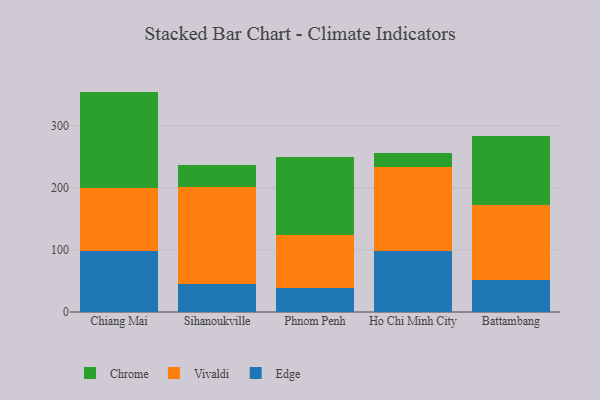
{"axis": {"x": "City", "y": "Tickets Resolved"}, "legend": ["Chrome", "Edge", "Vivaldi"], "data": [{"x": "Chiang Mai", "y": 97.4, "type": "Edge"}, {"x": "Chiang Mai", "y": 102.4, "type": "Vivaldi"}, {"x": "Chiang Mai", "y": 154.6, "type": "Chrome"}, {"x": "Sihanoukville", "y": 45.1, "type": "Edge"}, {"x": "Sihanoukville", "y": 156.4, "type": "Vivaldi"}, {"x": "Sihanoukville", "y": 34.4, "type": "Chrome"}, {"x": "Phnom Penh", "y": 39.1, "type": "Edge"}, {"x": "Phnom Penh", "y": 85.3, "type": "Vivaldi"}, {"x": "Phnom Penh", "y": 125.4, "type": "Chrome"}, {"x": "Ho Chi Minh City", "y": 97.7, "type": "Edge"}, {"x": "Ho Chi Minh City", "y": 135.1, "type": "Vivaldi"}, {"x": "Ho Chi Minh City", "y": 23.4, "type": "Chrome"}, {"x": "Battambang", "y": 51.2, "type": "Edge"}, {"x": "Battambang", "y": 120.9, "type": "Vivaldi"}, {"x": "Battambang", "y": 110.2, "type": "Chrome"}]}